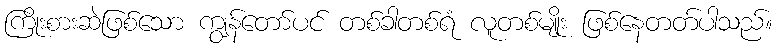
ကြိုးစားဆဲဖြစ်သော ကျွန်တော်ပင် တစ်ခါတစ်ရံ လူတစ်မျိုး ဖြစ်နေတတ်ပါသည်။